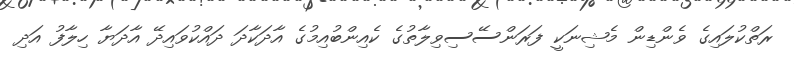
ރަތްކުލައިގެ ވެންޑިން މެޝިނަކީ ފަރަންސޭސިވިލާތުގެ ކެއިންބުއިމުގެ އާދަކާދަ ދައްކުވައިދޭ އާދަޔާ ހިލާފު އަދި